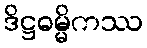
ဒိဋ္ဌဓမ္မိကဿ